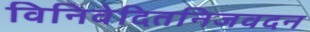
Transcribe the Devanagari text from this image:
विनिवेदितनिजवदन